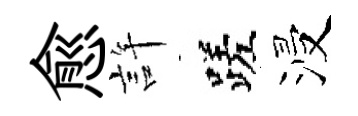
愈許蹉浸